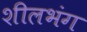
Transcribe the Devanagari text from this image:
शीलभंग